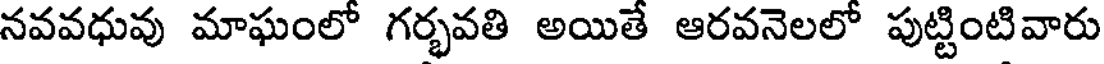
నవవధువు మాఘంలో గర్భవతి అయితే ఆరవనెలలో పుట్టింటివారు